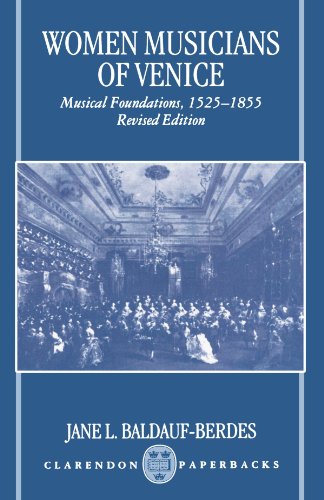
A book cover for Women Musicians of Venice: Musical Foundations, 1525-1855 (Oxford Monographs on Music); Jane J. Baldauf-Berdes; Humor & Entertainment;